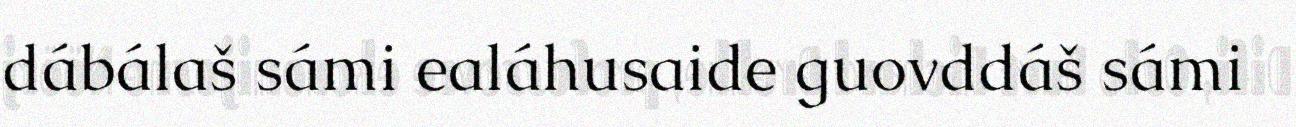
dábálaš sámi ealáhusaide guovddáš sámi